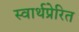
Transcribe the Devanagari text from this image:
स्वार्थप्रेरित